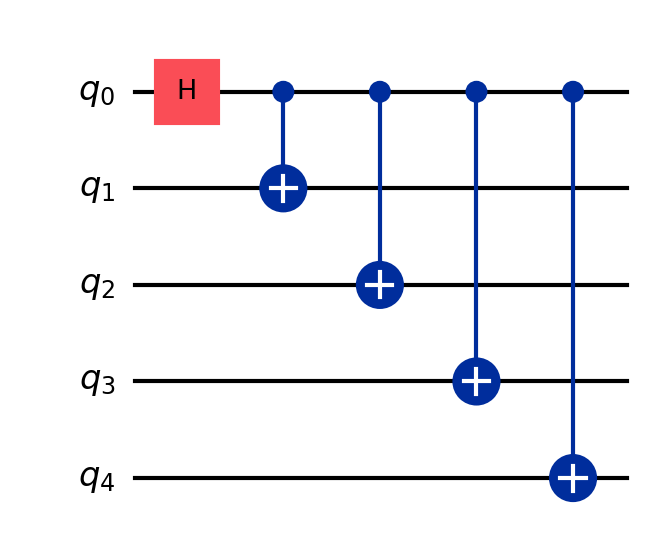
Description: 5-qubit star topology: q0 controls all others
描述: 5量子比特星形拓扑：q0控制所有其他
Category: qubit_scaling (difficulty: intermediate)
Qubits: 5, circuit depth: 5

Braket implementation:
from braket.circuits import Circuit
circuit = Circuit()
circuit.h(0)
for i in range(1, 5):
    circuit.cnot(0, i)